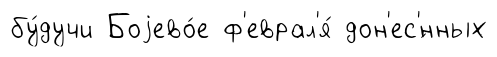
бу́дучи Боjево́е ф'еврал'я́ дон'ес'́нных